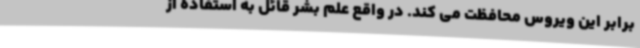
برابر این ویروس محافظت می کند. در واقع علم بشر قائل به استفاده از